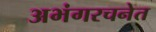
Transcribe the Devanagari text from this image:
अभंगरचनेत